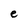
Character: e